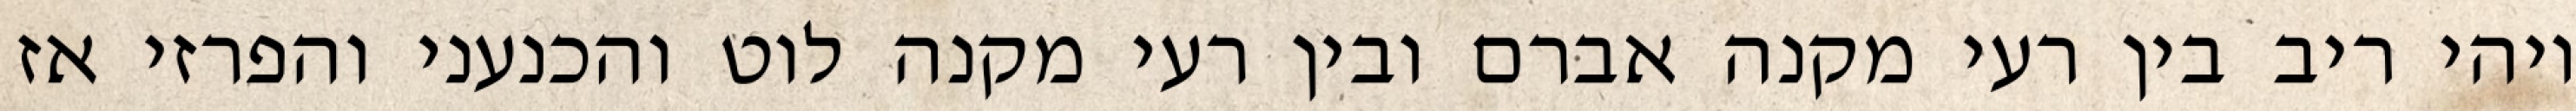
ויהי ריב בין רעי מקנה אברם ובין רעי מקנה לוט והכנעני והפרזי אז